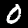
Label: 0